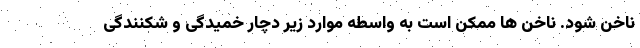
ناخن شود. ناخن ها ممکن است به واسطه موارد زیر دچار خمیدگی و شکنندگی